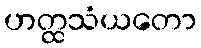
ဟတ္ထသံယတော